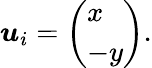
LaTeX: \begin{array}{r}{{\boldsymbol{u}}_{i}=\left(\begin{array}{l}{x}\\ {-y}\end{array}\right).}\end{array}